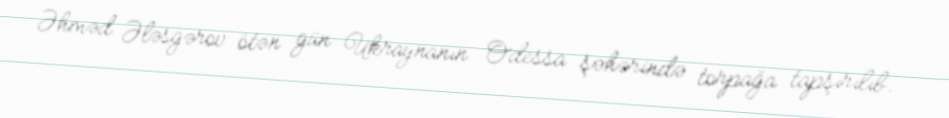
Əhməd Ələsgərov ötən gün Ukraynanın Odessa şəhərində torpağa tapşırılıb.